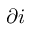
\partial i